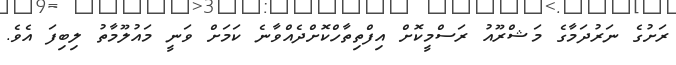
ރަށުގެ ނަރުދަމާގެ މަޝްރޫއު ރަސްމީކޮށް އިފްތިތާހްކޮށްދެއްވާނެ ކަމަށް ވަނީ މައުލޫމާތު ލިބިފަ އެވެ.